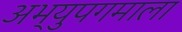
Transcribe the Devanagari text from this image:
अभ्युपगमाला